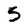
Character: 5